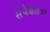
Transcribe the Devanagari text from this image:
सपेक्षतया